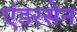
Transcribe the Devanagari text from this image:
एंडरसेन